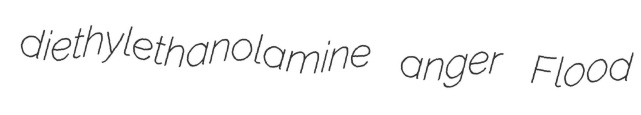
diethylethanolamine anger Flood